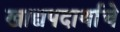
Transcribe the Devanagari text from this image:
खाद्यपदार्थाचे